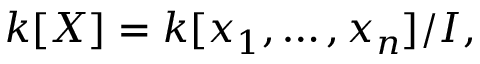
k [ X ] = k [ x _ { 1 } , \dots , x _ { n } ] / I ,